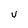
Character: U